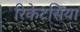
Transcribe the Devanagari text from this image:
रिकेटसिया